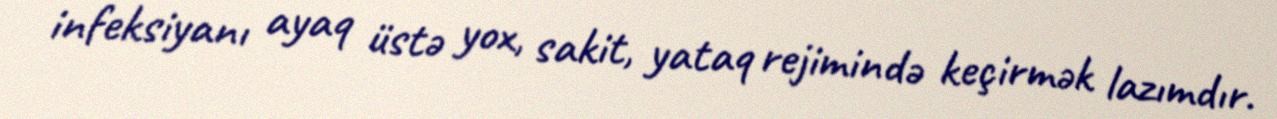
infeksiyanı ayaq üstə yox, sakit, yataq rejimində keçirmək lazımdır.